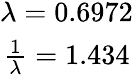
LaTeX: \begin{array}{c}{\lambda=0.6972}\\ {\frac{1}{\lambda}=1.434}\end{array}